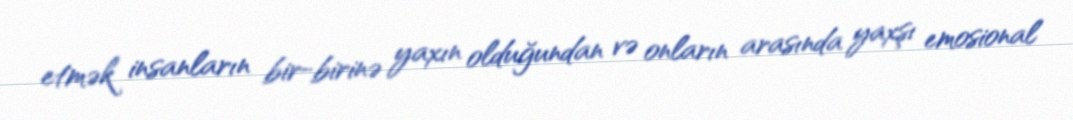
etmək insanların bir-birinə yaxın olduğundan və onların arasında yaxşı emosional